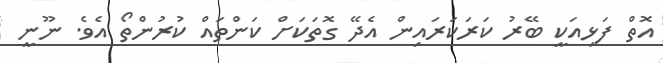
އޮތް ފަޅިއަކީ ބޭރު ކަަރަކަރައިން އެދޭ ގޮތަކަށް ކަންތައް ކުރުންތޯ އެވެ. ނޫނީ